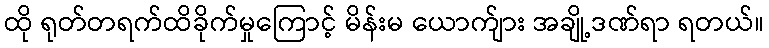
ထို ရုတ်တရက်ထိခိုက်မှုကြောင့် မိန်းမ ယောက်ျား အချို့ဒဏ်ရာ ရတယ်။